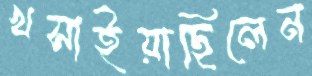
খসাইয়াছিলেন